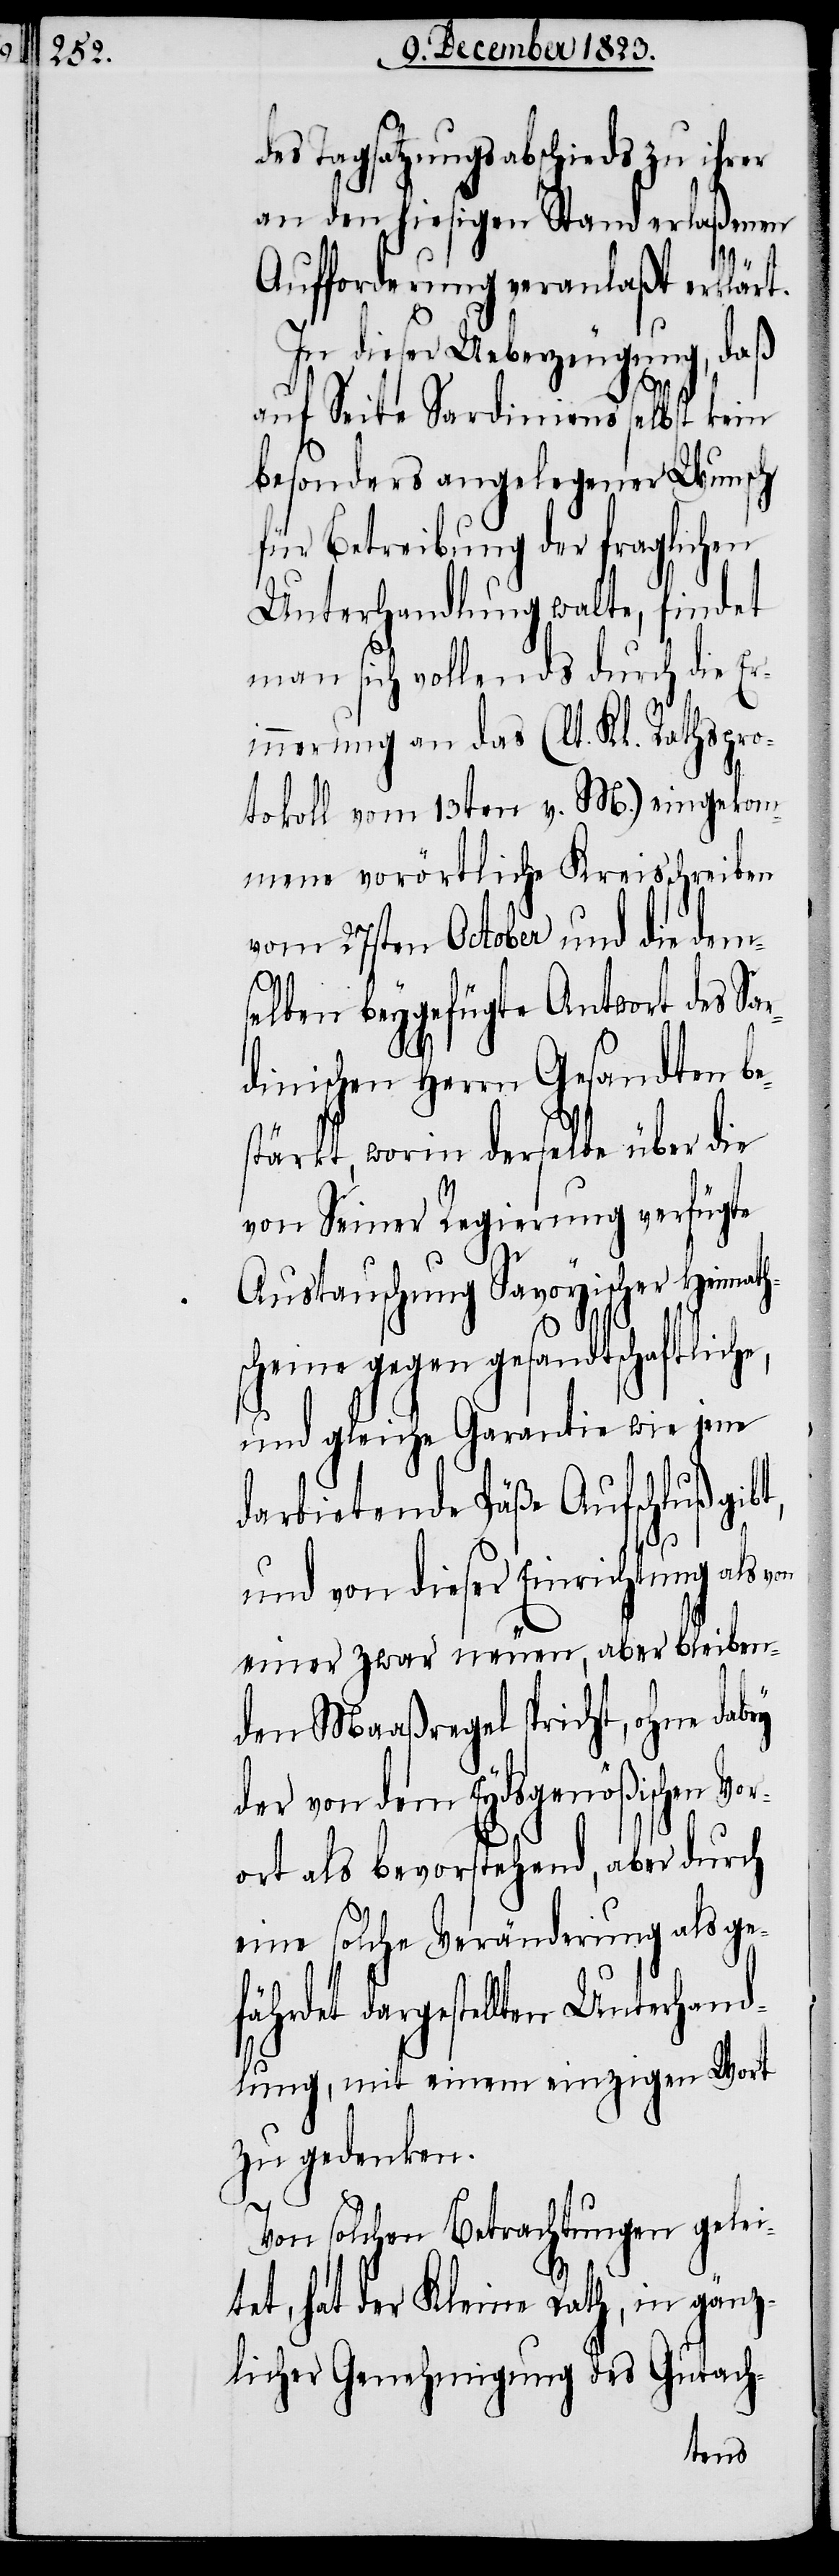
des Tagsatzungsabschieds zu ihrer
an den hiesigen Stand erlaßenen
t,
Aufforderung veranlaßt erklärt.
In dieser Ueberzeugung, daß
auf Seite Sardiniens selbst kein
besonders angelegener Wunsch
für Betreibung der fraglichen
Unterhandlung walte, findet
man sich vollends durch die Eri¬
nnerung an das (lt. Kl. Rathspro¬
tokoll vom 13ten v. M.) eingekom¬
mene vorörtliche Kreisschreiben
vom 27sten October und die dems¬
elben beygefügte Antwort des Sar¬
dinischen Herrn Gesandten be¬
stärkt, worin derselbe über die
von Seiner Regierung verfügte
Austauschung Savoyischer Heimath¬
cheine gegen gesandtschaftlic¬
und gleiche Garantie wie jene
darbietende Päße Aufschluß gib¬
und von dieser Einrichtung als
einer zwar neuen, aber bleiben¬
den Maaßregel spricht, ohne dabey
der von dem Eydsgenößischen Vo¬
rort als bevorstehend, aber durch
eine solche Veränderung als ge¬
fährdet dargestellten Unterhand¬
lung, mit einem einzigen Wort
zu gedenken.
Von solchen Betrachtungen gelei¬
tet, hat der Kleine Rath, in gänz¬
licher Genehmigung des Gutach-